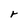
Character: r